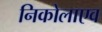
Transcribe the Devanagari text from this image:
निकोलाएव